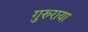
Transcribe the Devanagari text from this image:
गुरुराया